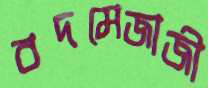
বদমেজাজী